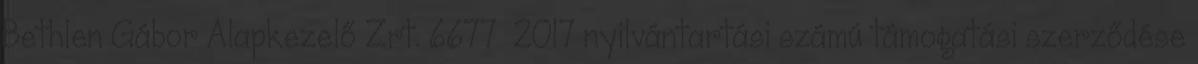
Bethlen Gábor Alapkezelő Zrt. 6677 2017 nyilvántartási számú támogatási szerződése